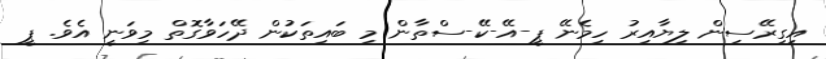
އިގިރޭސިން ލިޔާއިރު ހިމެނޭ ޕީ-އޭ-ކޭ-ސްތާން މި ބައިތަކުން ދޭހަވާގޮތް މިވަނީ އެވެ. ޕީ